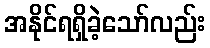
အနိုင်ရရှိခဲ့သော်လည်း